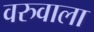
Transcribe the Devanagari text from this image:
वरुवाला